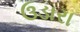
ઉડારા